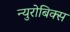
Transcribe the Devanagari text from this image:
न्युरोबिक्स